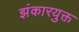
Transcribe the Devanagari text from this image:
झंकारयुक्त